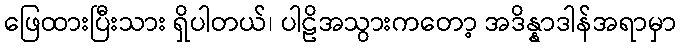
ဖြေထားပြီးသား ရှိပါတယ်၊ ပါဠိအသွားကတော့ အဒိန္နာဒါန်အရာမှာ